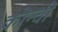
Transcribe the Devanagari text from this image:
कोन्ची